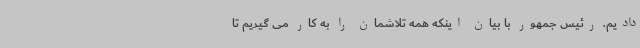
دادیم. رئیس جمهور با بیان اینکه همه تلاشمان را به کار می گیریم تا